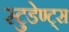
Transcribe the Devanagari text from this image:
स्टुडेण्ट्स